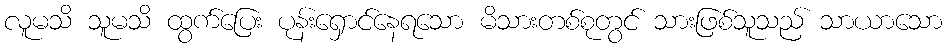
လူမသိ သူမသိ ထွက်ပြေး ပုန်းရှောင်နေရသော မိသားတစ်စုတွင် သားဖြစ်သူသည် သာယာသော